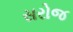
સરોજ